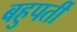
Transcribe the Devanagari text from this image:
बहुपर्ती